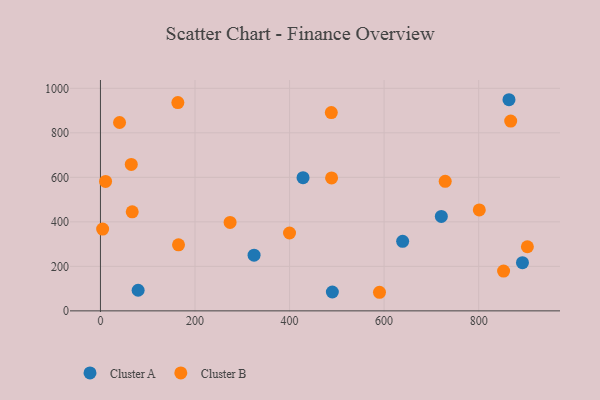
{"axis": {"x": "Engine Size", "y": "Fuel Efficiency"}, "legend": ["Cluster A", "Cluster B"], "data": [{"x": "490.5", "y": 84.8, "type": "Cluster A"}, {"x": "639.2", "y": 312.3, "type": "Cluster A"}, {"x": "79.7", "y": 92.5, "type": "Cluster A"}, {"x": "324.9", "y": 250.1, "type": "Cluster A"}, {"x": "864.1", "y": 948.7, "type": "Cluster A"}, {"x": "721.0", "y": 424.3, "type": "Cluster A"}, {"x": "428.5", "y": 598.6, "type": "Cluster A"}, {"x": "892.6", "y": 216.6, "type": "Cluster A"}, {"x": "867.7", "y": 852.9, "type": "Cluster B"}, {"x": "274.2", "y": 397.2, "type": "Cluster B"}, {"x": "163.7", "y": 935.9, "type": "Cluster B"}, {"x": "590.2", "y": 83.5, "type": "Cluster B"}, {"x": "10.8", "y": 581.4, "type": "Cluster B"}, {"x": "852.7", "y": 178.6, "type": "Cluster B"}, {"x": "399.9", "y": 349.9, "type": "Cluster B"}, {"x": "903.0", "y": 288.1, "type": "Cluster B"}, {"x": "488.3", "y": 890.9, "type": "Cluster B"}, {"x": "40.4", "y": 846.4, "type": "Cluster B"}, {"x": "4.6", "y": 367.4, "type": "Cluster B"}, {"x": "65.2", "y": 658.1, "type": "Cluster B"}, {"x": "165.1", "y": 296.5, "type": "Cluster B"}, {"x": "488.9", "y": 597.1, "type": "Cluster B"}, {"x": "729.2", "y": 581.9, "type": "Cluster B"}, {"x": "801.3", "y": 453.7, "type": "Cluster B"}, {"x": "67.2", "y": 445.0, "type": "Cluster B"}]}